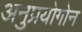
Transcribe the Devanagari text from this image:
अनुप्रयोगोन